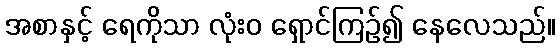
အစာနှင့် ရေကိုသာ လုံးဝ ရှောင်ကြဉ်၍ နေလေသည်။